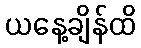
ယနေ့ချိန်ထိ